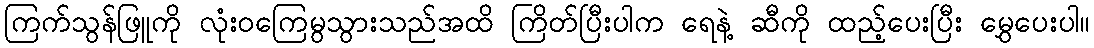
ကြက်သွန်ဖြူကို လုံးဝကြေမွသွားသည်အထိ ကြိတ်ပြီးပါက ရေနဲ့ ဆီကို ထည့်ပေးပြီး မွှေပေးပါ။